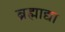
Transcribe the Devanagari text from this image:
ब्रह्माद्या